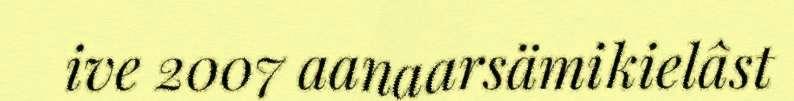
ive 2007 aanaarsämikielâst